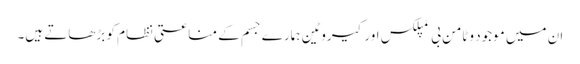
ان میں موجود وٹامن بی کمپلکس اورکیروٹین ہمارے جسم کے مناعتی نظام کو بڑھاتے ہیں۔